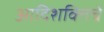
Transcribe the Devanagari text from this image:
आदिशक्तिचे